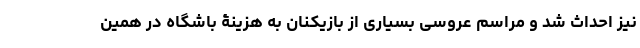
نیز احداث شد و مراسم عروسی بسیاری از بازیکنان به هزینۀ باشگاه در همین